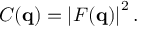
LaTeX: C ( \mathbf { q } ) = \left| F ( \mathbf { q } ) \right| ^ { 2 } .